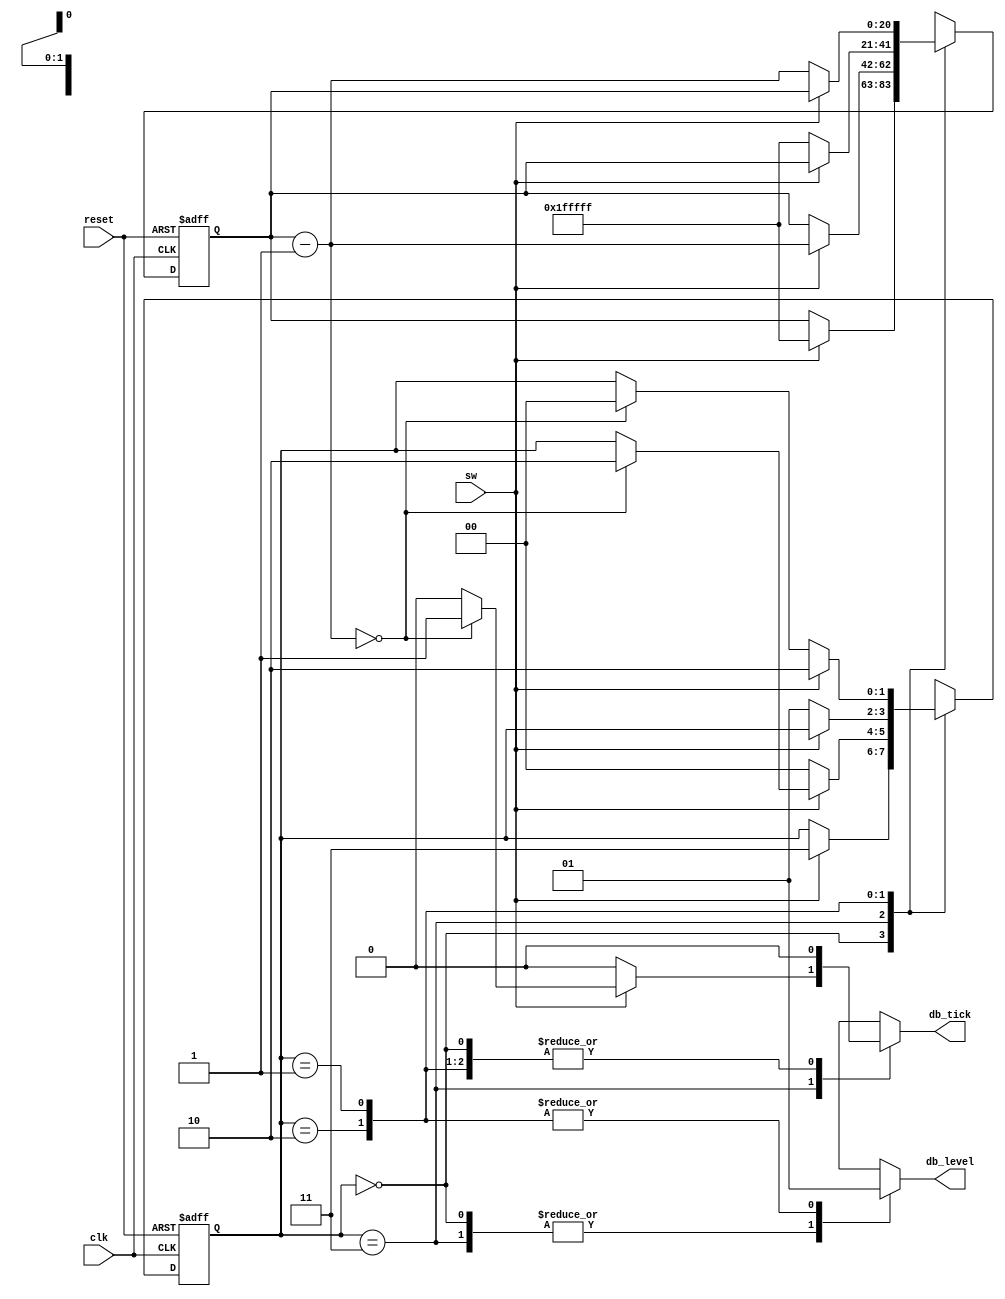
// Listing 4.21
module debounce
   (
    input wire clk, reset,
    input wire sw,
    output reg db_level, db_tick
   );

   // symbolic state declaration
   localparam  [1:0]
               zero  = 2'b00,
               wait0 = 2'b01,
               one   = 2'b10,
               wait1 = 2'b11;

   // number of counter bits (2^N * 20ns = 40ms)
   localparam N=21;

   // signal declaration
   reg [N-1:0] q_reg, q_next;
   reg [1:0] state_reg, state_next;

   // body
   // fsmd state & data registers
    always @(posedge clk, posedge reset)
       if (reset)
          begin
             state_reg <= zero;
             q_reg <= 0;
          end
       else
          begin
             state_reg <= state_next;
             q_reg <= q_next;
          end

   // next-state logic & data path functional units/routing
   always @*
   begin
      state_next = state_reg;   // default state: the same
      q_next = q_reg;           // default q: unchnaged
      db_tick = 1'b0;           // default output: 0
      case (state_reg)
         zero:
            begin
               db_level = 1'b0;
               if (sw)
                  begin
                     state_next = wait1;
                     q_next = {N{1'b1}}; // load 1..1
                  end
            end
         wait1:
            begin
               db_level = 1'b0;
               if (sw)
                  begin
                     q_next = q_reg - 1;
                     if (q_next==0)
                        begin
                           state_next = one;
                           db_tick = 1'b1;
                        end
                  end
               else // sw==0
                  state_next = zero;
            end
         one:
            begin
               db_level = 1'b1;
               if (~sw)
                  begin
                     state_next = wait0;
                     q_next = {N{1'b1}}; // load 1..1
                  end
            end
         wait0:
            begin
               db_level = 1'b1;
               if (~sw)
                  begin
                     q_next = q_reg - 1;
                     if (q_next==0)
                        state_next = zero;
                  end
               else // sw==1
                  state_next = one;

            end
         default: state_next = zero;
      endcase
   end

endmodule